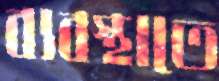
ব্যবস্থাতে